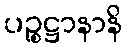
ပဉ္စဋ္ဌာနာနိ